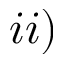
i i )